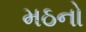
મઠનો